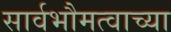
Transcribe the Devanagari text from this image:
सार्वभौमत्वाच्या